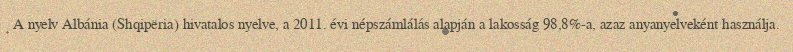
A nyelv Albánia (Shqipëria) hivatalos nyelve, a 2011. évi népszámlálás alapján a lakosság 98,8%-a, azaz anyanyelveként használja.